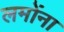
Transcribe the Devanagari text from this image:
लमोंना